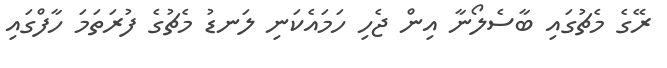
ރޭގެ މެޗުގައި ބާސެލޯނާ އިން ޖެހި ހަމައެކަނި ލަނޑު މެޗުގެ ފުރަތަމަ ހާފްގައި